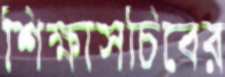
শিক্ষাসচিবের